Civil Veterinary Dept. Bombay admin report 1923-31 - 1923-1931
Year: 1923
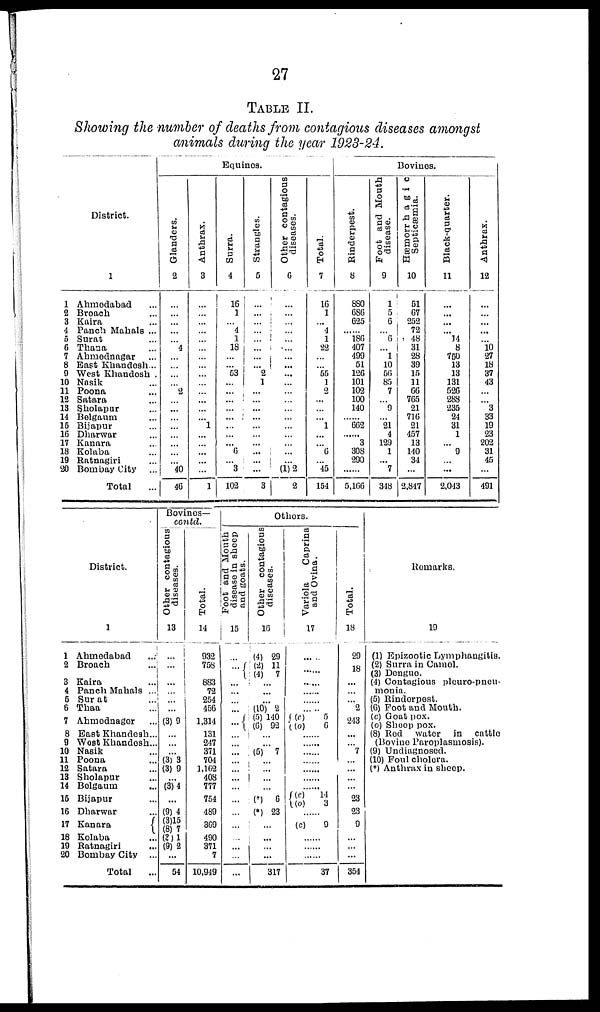
27
TABLE II.
Showing the number of deaths from contagious diseases amongst
animals during the year 1923-24.
District.
1
1 Ahmodabad ...
2 Broach ...
3 Kaira ...
4 Panch Mahals ...
5 Surat ...
6 Thana ...
7 Ahmednagar ...
8 East Khandesh...
9 West Khandesh .
10 Nasik ...
11 Poona ...
12 Satara ...
13 Sholapur ...
14 Belgaum ...
15 Bijapur ...
16 Dharwar ...
17 Kanara ...
18 Kolaba ...
19 Katnagiri ...
20 Bombay City ...
Total ...
Equines.
Glanders.
2
...
...
...
...
... 4
...
...
...
... 2
...
...
...
...
...
...
...
... 40
46
Anthrax.
3
...
...
...
...
...
...
...
...
...
...
...
...
...
... 1
...
...
...
...
...
1
Surra.
4
16
1
... 4
1
18
...
... 53
...
...
...
...
...
...
...
... 6
... 3
102
Strangles.
5
...
...
...
...
...
...
...
... 2
1
...
...
...
...
...
...
...
...
...
...
3
Other contagious
diseases.
6
...
...
...
...
...
...
...
...
...
...
...
...
...
...
...
...
...
...
...
(1) 2
2
Total.
7
16
1
... 4
1
22
...
... 55
1
2
...
...
... 1
...
... 6
... 45
154
Bovines.
Rinderpest.
8
880
686
625
... 186
407
499
51
126
101
102
100
140
... 662
... 3
308
290
...
5,166
Foot and Mouth
disease.
9
1
5
6
... 6
... 1
10
56
85
7
... 9
... 21
4
129
1
... 7
348
Hæmorr
h a g i c
Septicaemia.
10
51
67
252
72
48
31
28
39
15
11
66
765
21
716
21
457
13
140
34
...
2.847
Black-quarter.
11
...
...
...
... 14
8
750
13
13
131
526
288
235
24
31
1
...
9
...
...
2,043
Anthrax.
12
...
...
...
...
... 10
27
18
37
43
...
... 3
33
19
23
202
31
45
...
491
District.
1
1 Ahmedabad ... ...
2 Broach ...
3 Kaira ...
4 Panch Mahals ...
5 Surat ...
6 Thaa ...
7 Ahmednager ...
8 East Khandesh...
9 West Khandesh...
10 Nasik ...
11 Poona ...
12 Satara ...
13 Sholapur ...
14 Belgaum ...
15 Bijapur ...
16 Dharwar ...
17 Kanara
18 Kolaba ...
19 Ratnagiri ...
20 Bombay City ...
Total ...
Bovines—
contd.
Other contagious
diseases.
13
...
...
...
...
...
...
(3) 9
...
...
... (3) 3
(3) 9
...
(3) 4
...
(9) 4
(3)15
(8) 7
(3) 1
(9) 2
...
54
Total.
14
932
758
883
72
254
456
1,314
131
247
371
704
1,162
408
777
754
489
369
490
371
7
10,949
Others.
Foot and Mouth
disease in sheep
and goats.
15
...
...
...
...
...
...
...
...
...
...
...
...
...
...
...
...
...
...
...
...
...
Other contagious
diseases.
16
(4) 29
(2) 11
(4)
7
...
...
...
(10) 2
(5) 140
(6) 92
...
...
(5) 7
...
...
...
...
(*) 6
(*) 23
...
...
...
...
317
Variola
Caprina
and Ovina.
17
... ..
......
......
......
......
......
(c)
5
(o)
6
......
......
......
......
......
......
......
(c) 14
(o)
3
......
(c)
9
......
......
......
37
Total.
18
29
18
...
...
... 2
243
...
... 7
...
...
...
...
23
23
9
...
...
...
354
Remarks.
19
(1) Epizootic Lymphangitis.
(2) Surra in Camel.
(3) Dengue.
(4) Contagious pleuro-pneu-
monia.
(5) Rinderpest.
(6) Foot and Mouth.
(c) Goat pox.
(o) Sheep pox.
(8) Red water in cattle
(Bovine Paroplasmosis).
(9) Undiagnosed.
(10) Foul cholera.
(*) Anthrax in sheep.